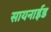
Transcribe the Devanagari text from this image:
सायनाईड